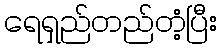
ရေရှည်တည်တံ့ပြီး